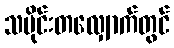
သမိုင်းတလျှောက်တွင်